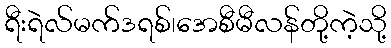
ရီးရဲလ်မက်ဒရစ်၊အေစီမီလန်တို့ကဲ့သို့